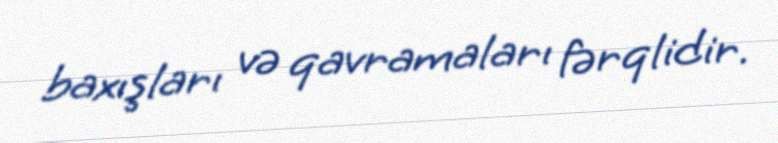
baxışları və qavramaları fərqlidir.